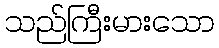
သည်ကြီးမားသော